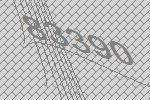
83390